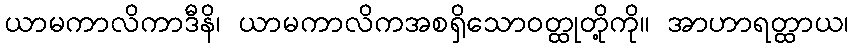
ယာမကာလိကာဒီနိ၊ ယာမကာလိကအစရှိသောဝတ္ထုတို့ကို။ အာဟာရတ္ထာယ၊